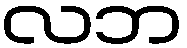
လဘ